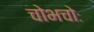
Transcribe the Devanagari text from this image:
चोभचोः